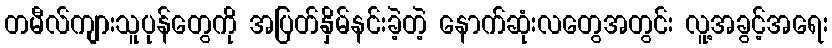
တမီလ်ကျားသူပုန်တွေကို အပြတ်နှိမ်နင်းခဲ့တဲ့ နောက်ဆုံးလတွေအတွင်း လူ့အခွင့်အရေး